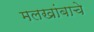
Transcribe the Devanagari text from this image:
मलखांबाचे